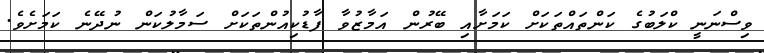
ވިސްނަނީ ކްލަބުގެ ކަންތައްތަކަށް ކަމަށާއި ބޭރުން އަމާޒުވާ ފާޑުކިއުންތަކަށް ސަމާލުކަން ނުދޭނެ ކަމަށެވެ.